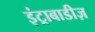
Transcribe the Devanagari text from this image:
इंट्राबाडीज़